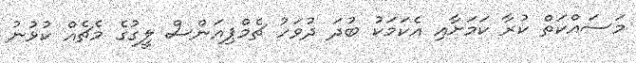
މަސައްކަތް ކުރާ ކަމަށާއި އެކަމަކު ބުދަ ދުވަހު ޗެމްޕިއަންސް ލީގުގެ މެޗެއް ކުޅުނު